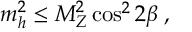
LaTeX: m _ { h } ^ { 2 } \le M _ { Z } ^ { 2 } \cos ^ { 2 } 2 \beta \; ,